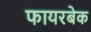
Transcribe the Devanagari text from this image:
फायरबेक